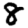
Digit: 8